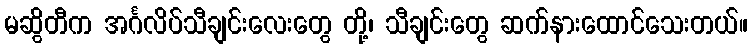
မဆွိတီက အင်္ဂလိပ်သီချင်းလေးတွေ တို့၊ သီချင်းတွေ ဆက်နားထောင်သေးတယ်။